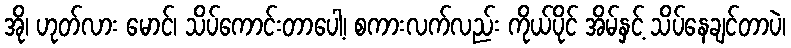
အို၊ ဟုတ်လား မောင်၊ သိပ်ကောင်းတာပေါ့၊ စကားလက်လည်း ကိုယ်ပိုင် အိမ်နှင့် သိပ်နေချင်တာပဲ၊